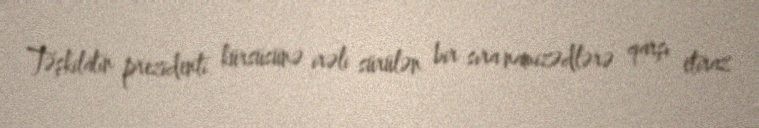
Təşkilatın prezidenti kürsüsünə irəli sürülən bir sıra namizədlərə qarşı etiraz